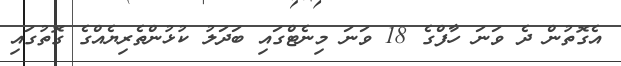
އެގޮތުން ދެ ވަނަ ހާފްގެ 18 ވަނަ މިނެޓްގައި ބަދަލު ކުޅުންތެރިޔެއްގެ ގޮތުގައި